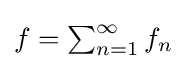
{\textstyle f=\sum _{n=1}^{\infty }f_{n}}